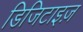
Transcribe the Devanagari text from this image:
डिजिटाइज़